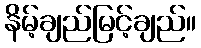
နိမ့်ချည်မြင့်ချည်။